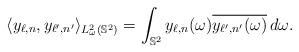
LaTeX: \begin{align*}\langle y_{\ell,n},y_{\ell',n'}\rangle_{L^2_\omega(\mathbb S^2)} = \int_{\mathbb S^2}{y_{\ell,n}(\omega)} \overline{y_{\ell',n'}(\omega)}\,d\omega.\end{align*}